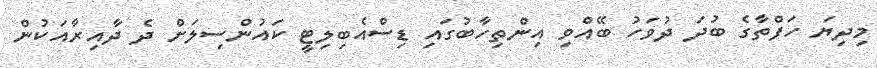
މިދިޔަ ހަފްތާގެ ބުދަ ދުވަހު ބޭއްވި އިންތިހާބުގަައި ޑިސްއެބިލިޓީ ކައުންސިލަށް ދެ ދާއިރާއަކުން